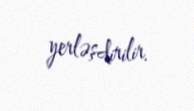
yerləşdirilir.